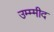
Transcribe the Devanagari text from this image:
उम्म्मीद